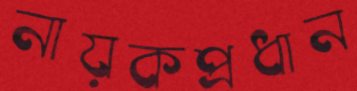
নায়কপ্রধান